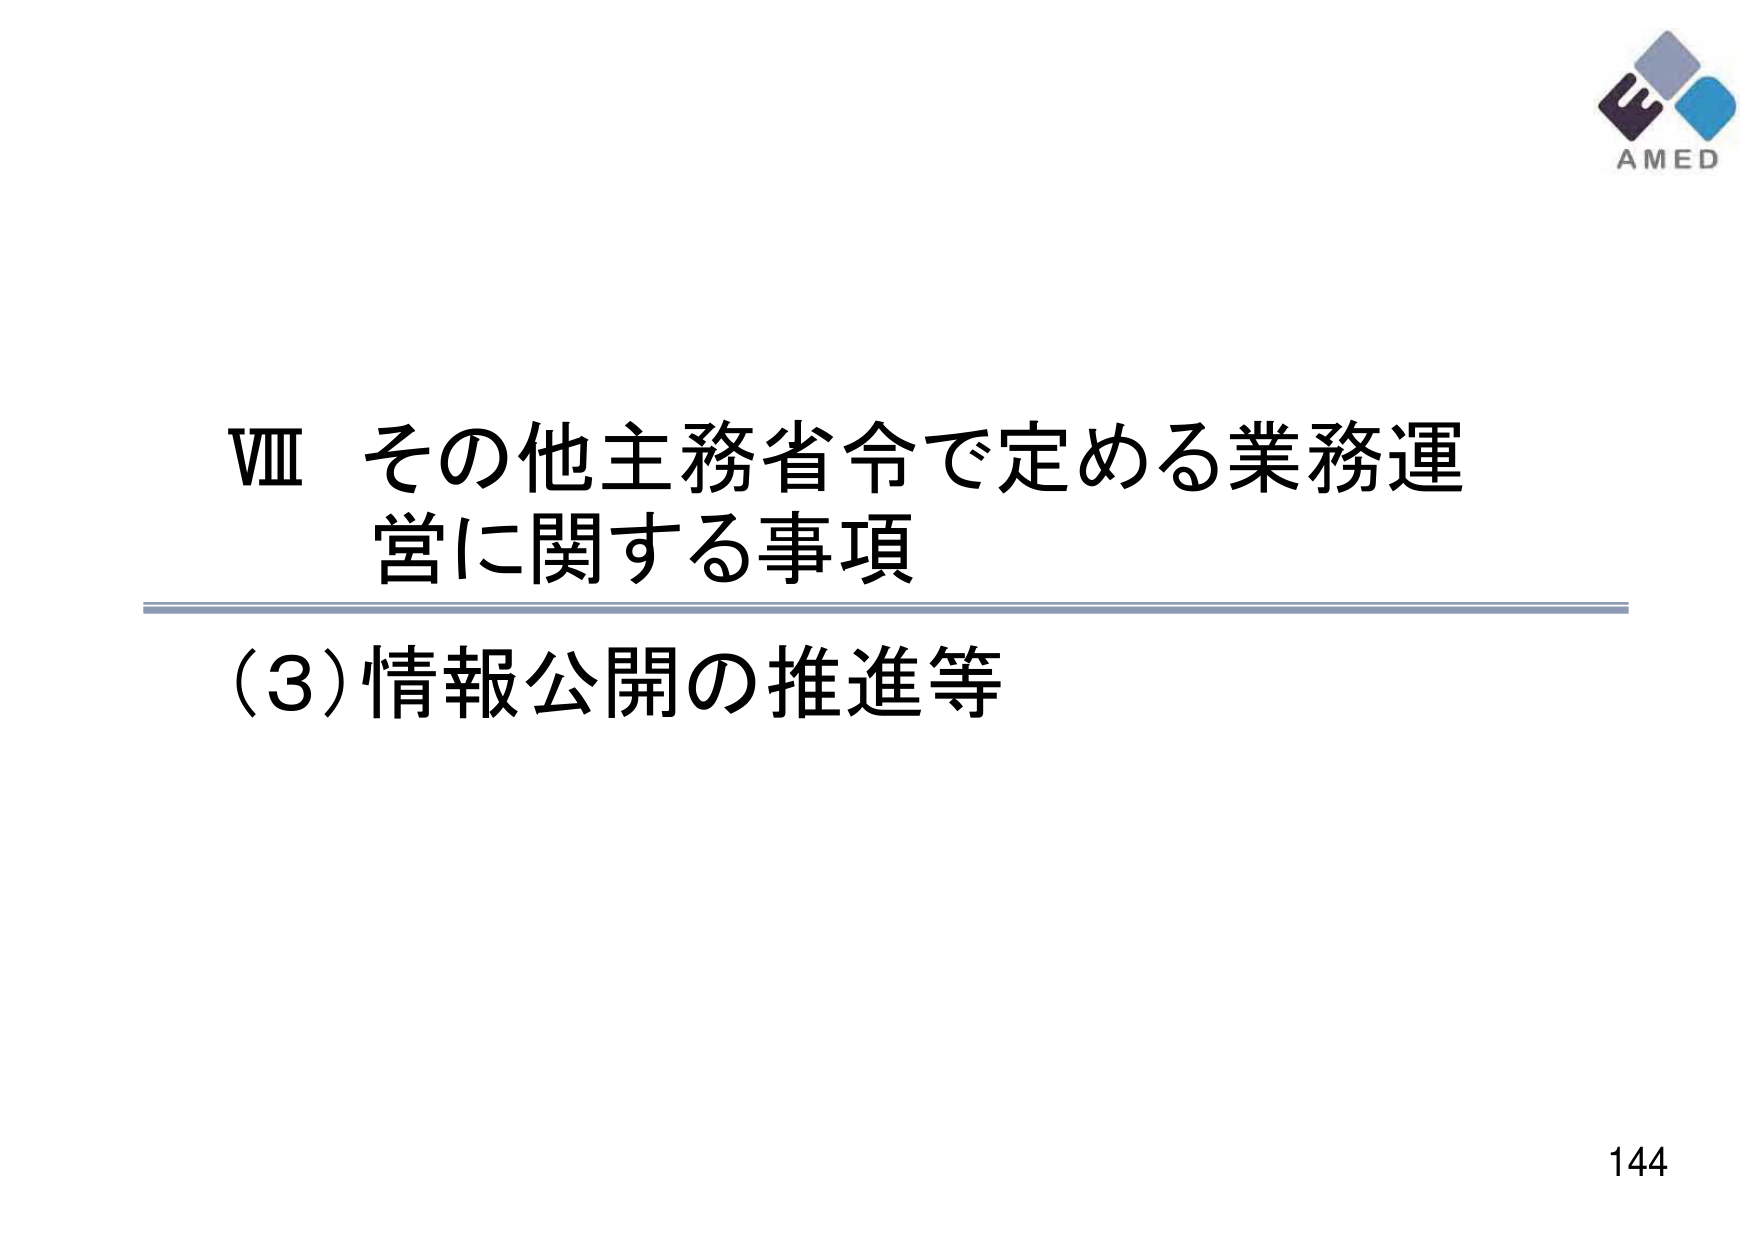
VIII その他主務省令で定める業務運営に関する事項
(3) 情報公開の推進等
AMED
144